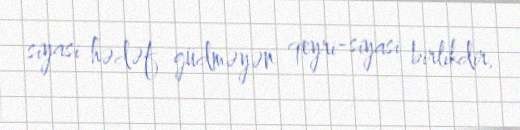
siyasi hədəf güdməyən qeyri-siyasi birlikdir.